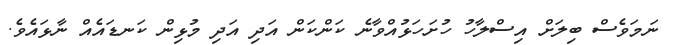
ނަމަވެސް ބިލަށް އިސްލާހު ހުށަހަޅުއްވާނެ ކަންކަން އަދި އަދި މުޅިން ކަނޑައެއް ނާޅައެވެ.